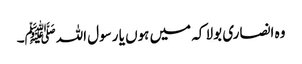
وہ انصاری بولا کہ میں ہوں یا رسول اللہﷺ۔